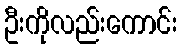
ဦးကိုလည်းကောင်း